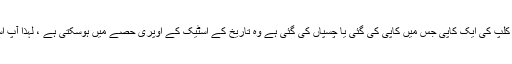
[شامل کریں] آخری استعمال شدہ کلپ کی ایک کاپی جس میں کاپی کی گئی یا چسپاں کی گئی ہے وہ تاریخ کے اسٹیک کے اوپری حصے میں ہوسکتی ہے ، لہذا آپ اسے بار بار پیسٹ کرسکتے ہیں۔